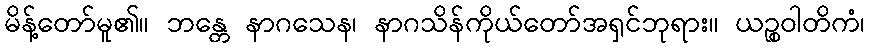
မိန့်တော်မူ၏။ ဘန္တေ နာဂသေန၊ နာဂသိန်ကိုယ်တော်အရှင်ဘုရား။ ယဉ္စဝါတိကံ၊